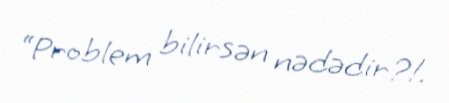
“Problem bilirsən nədədir?!.